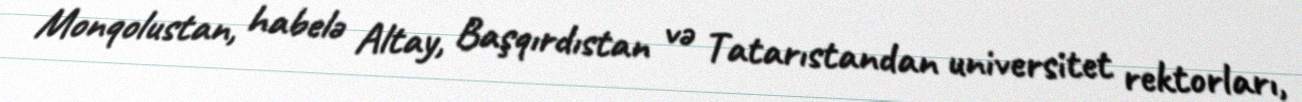
Monqolustan, habelə Altay, Başqırdıstan və Tatarıstandan universitet rektorları,